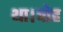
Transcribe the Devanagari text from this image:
था।वोह